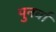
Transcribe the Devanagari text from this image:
पुनर्वा